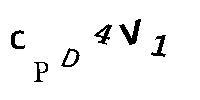
CPD4V1